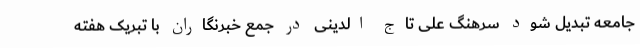
جامعه تبدیل شود سرهنگ علی تاج الدینی در جمع خبرنگاران با تبریک هفته